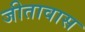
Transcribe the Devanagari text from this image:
जीतावास